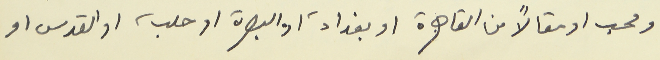
ومحب او مقالاً من القاهرة او بغداد، او البصرة او حلب، او القدس او